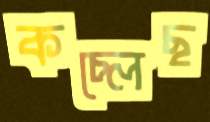
কচ্‌লেছ